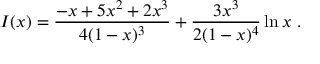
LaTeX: I ( x ) = \frac { - x + 5 x ^ { 2 } + 2 x ^ { 3 } } { 4 ( 1 - x ) ^ { 3 } } + \frac { 3 x ^ { 3 } } { 2 ( 1 - x ) ^ { 4 } } \ln x \ .